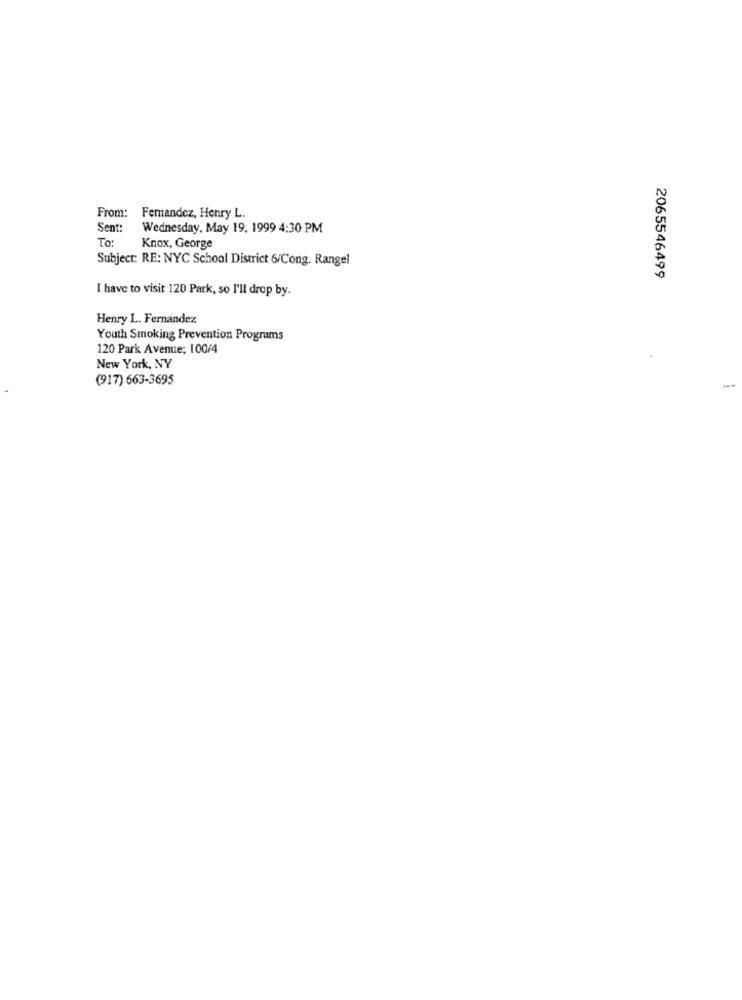
From: Fernandez, Henry L.
Sent:
Wednesday, May 19. 1999 4:30 PM
To:
Knox, George
Subject: RE: NYC School District 6/Cong. Rangel
2065546499
I have to visit 120 Park, so I'll drop by.
Henry L. Fernandez
Youth Smoking Prevention Programs
120 Park Avenue; 100/4
New York, NY
(917) 663-3695
--